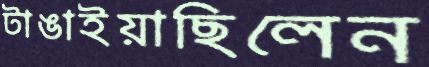
টাঙাইয়াছিলেন